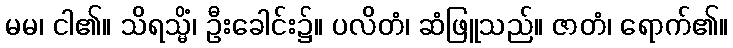
မမ၊ ငါ၏။ သိရသ္မိံ၊ ဦးခေါင်း၌။ ပလိတံ၊ ဆံဖြူသည်။ ဇာတံ၊ ရောက်၏။